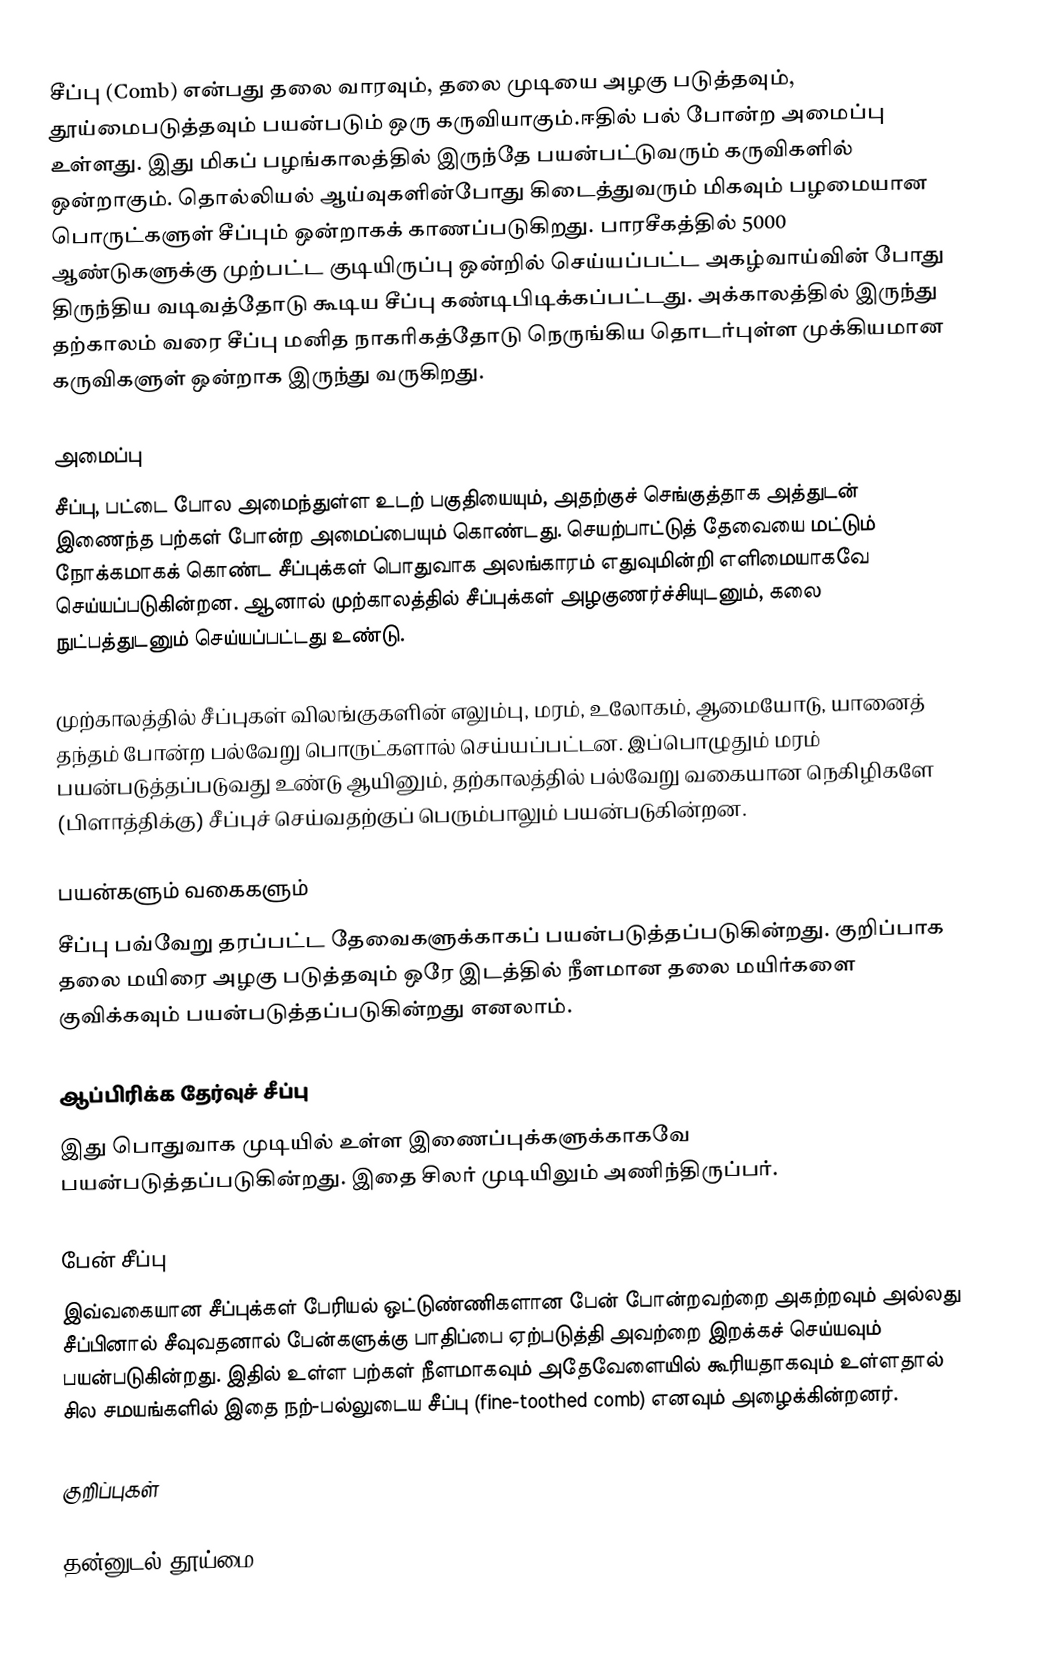
சீப்பு (Comb) என்பது தலை வாரவும், தலை முடியை அழகு படுத்தவும், தூய்மைபடுத்தவும் பயன்படும் ஒரு கருவியாகும்.ஈதில் பல் போன்ற அமைப்பு உள்ளது. இது மிகப் பழங்காலத்தில் இருந்தே பயன்பட்டுவரும் கருவிகளில் ஒன்றாகும். தொல்லியல் ஆய்வுகளின்போது கிடைத்துவரும் மிகவும் பழமையான பொருட்களுள் சீப்பும் ஒன்றாகக் காணப்படுகிறது. பாரசீகத்தில் 5000 ஆண்டுகளுக்கு முற்பட்ட குடியிருப்பு ஒன்றில் செய்யப்பட்ட அகழ்வாய்வின் போது திருந்திய வடிவத்தோடு கூடிய சீப்பு கண்டிபிடிக்கப்பட்டது. அக்காலத்தில் இருந்து தற்காலம் வரை சீப்பு மனித நாகரிகத்தோடு நெருங்கிய தொடர்புள்ள முக்கியமான கருவிகளுள் ஒன்றாக இருந்து வருகிறது.

அமைப்பு
சீப்பு, பட்டை போல அமைந்துள்ள உடற் பகுதியையும், அதற்குச் செங்குத்தாக அத்துடன் இணைந்த பற்கள் போன்ற அமைப்பையும் கொண்டது. செயற்பாட்டுத் தேவையை மட்டும் நோக்கமாகக் கொண்ட சீப்புக்கள் பொதுவாக அலங்காரம் எதுவுமின்றி எளிமையாகவே செய்யப்படுகின்றன. ஆனால் முற்காலத்தில் சீப்புக்கள் அழகுணர்ச்சியுடனும், கலை நுட்பத்துடனும் செய்யப்பட்டது உண்டு.

முற்காலத்தில் சீப்புகள் விலங்குகளின் எலும்பு, மரம், உலோகம், ஆமையோடு, யானைத் தந்தம் போன்ற பல்வேறு பொருட்களால் செய்யப்பட்டன. இப்பொழுதும் மரம் பயன்படுத்தப்படுவது உண்டு ஆயினும், தற்காலத்தில் பல்வேறு வகையான நெகிழிகளே (பிளாத்திக்கு) சீப்புச் செய்வதற்குப் பெரும்பாலும் பயன்படுகின்றன.

பயன்களும் வகைகளும்
சீப்பு பவ்வேறு தரப்பட்ட தேவைகளுக்காகப் பயன்படுத்தப்படுகின்றது. குறிப்பாக தலை மயிரை அழகு படுத்தவும் ஒரே இடத்தில் நீளமான தலை மயிர்களை குவிக்கவும் பயன்படுத்தப்படுகின்றது எனலாம்.

ஆப்பிரிக்க தேர்வுச் சீப்பு
இது பொதுவாக முடியில் உள்ள இணைப்புக்களுக்காகவே பயன்படுத்தப்படுகின்றது. இதை சிலர் முடியிலும் அணிந்திருப்பர்.

பேன் சீப்பு
இவ்வகையான சீப்புக்கள் பேரியல் ஒட்டுண்ணிகளான பேன் போன்றவற்றை அகற்றவும் அல்லது சீப்பினால் சீவுவதனால் பேன்களுக்கு பாதிப்பை ஏற்படுத்தி அவற்றை இறக்கச் செய்யவும் பயன்படுகின்றது. இதில் உள்ள பற்கள் நீளமாகவும் அதேவேளையில் கூரியதாகவும் உள்ளதால் சில சமயங்களில் இதை நற்-பல்லுடைய சீப்பு (fine-toothed comb) எனவும் அழைக்கின்றனர்.

குறிப்புகள்

தன்னுடல் தூய்மை